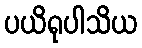
ပယိရုပါသိယ